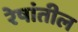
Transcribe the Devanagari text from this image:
रेषांतील